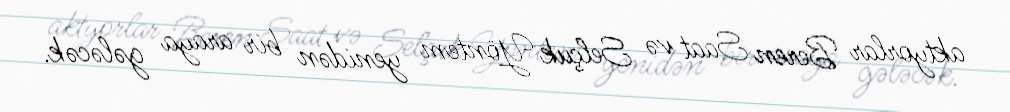
aktyorlar Beren Saat və Selçuk Yöntem yenidən bir araya gələcək.